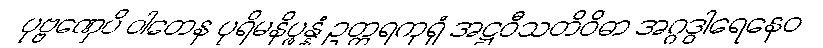
ပုဗ္ဗဏှေပိ ဝါတေန ပုရိမနိပ္ဖန္နံ ဥတ္တရကုရုံ အဋ္ဌဝီသတိဝိဓာ အဂ္ဂဒွါရေနေဝ